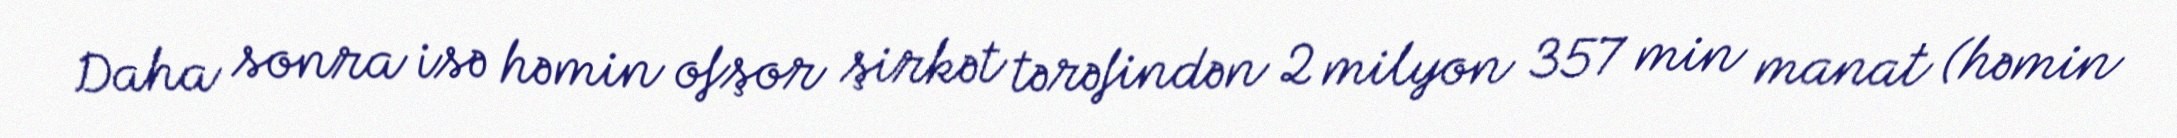
Daha sonra isə həmin ofşor şirkət tərəfindən 2 milyon 357 min manat (həmin